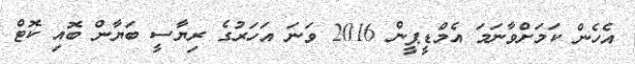
އެހެން ކަމަށްވާނަމަ އެމްޑީޕީން 2016 ވަނަ އަހަރުގެ ރިޔާސީ ބަޔާން ބޮއި ކޮޓް